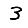
Digit: 3